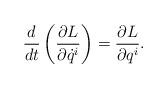
LaTeX: \begin{align*} \frac{d}{dt}\left(\frac{\partial L}{\partial \dot{q}^i}\right)=\frac{\partial L}{\partial q^i}. \end{align*}